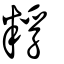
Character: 粰